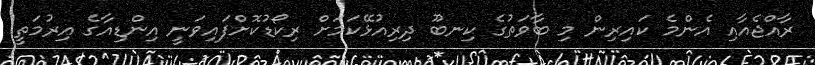
ރާއްޖެއާއި އެންމެ ކައިރިން މި ބާވަތުގެ ކިނބޫ ދިރިއުޅޭކަމަށް ރިކޯޑުކޮށްފައިވަނީ އިންޑިއާގެ އިރުމަތީ